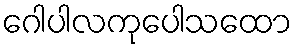
ဂေါပါလကုပေါသထော